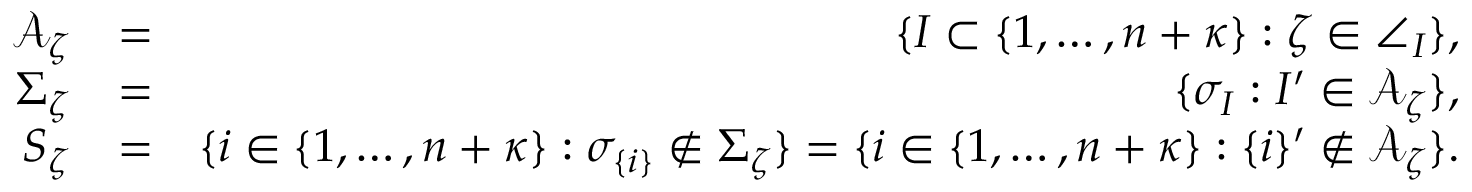
\begin{array} { r l r } { \mathcal { A } _ { \zeta } } & { = } & { \{ I \subset \{ 1 , \ldots , n + { \boldsymbol { \kappa } } \} : \zeta \in \angle _ { I } \} , } \\ { \Sigma _ { \zeta } } & { = } & { \{ \sigma _ { I } : I ^ { \prime } \in \mathcal { A } _ { \zeta } \} , } \\ { S _ { \zeta } } & { = } & { \{ i \in \{ 1 , \ldots , n + { \boldsymbol { \kappa } } \} : \sigma _ { \{ i \} } \notin \Sigma _ { \zeta } \} = \{ i \in \{ 1 , \ldots , n + { \boldsymbol { \kappa } } \} : \{ i \} ^ { \prime } \notin \mathcal { A } _ { \zeta } \} . } \end{array}